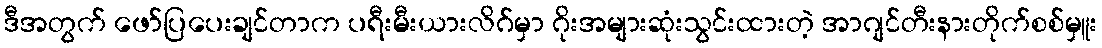
ဒီအတွက် ဖော်ပြပေးချင်တာက ပရီးမီးယားလိဂ်မှာ ဂိုးအများဆုံးသွင်းထားတဲ့ အာဂျင်တီးနားတိုက်စစ်မှူး